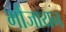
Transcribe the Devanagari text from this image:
मौंजायन